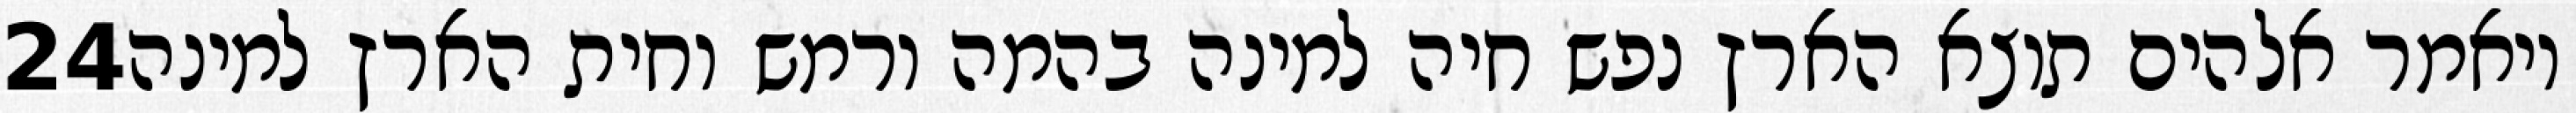
‎24‏ ויאמר אלהים תוצא הארץ נפש חיה למינה בהמה ורמש וחית הארץ למינה